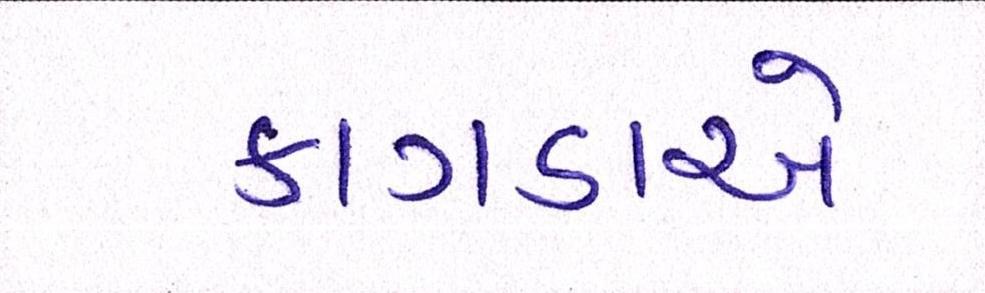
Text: કાગડાએ